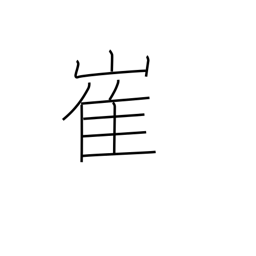
Meaning: precipice